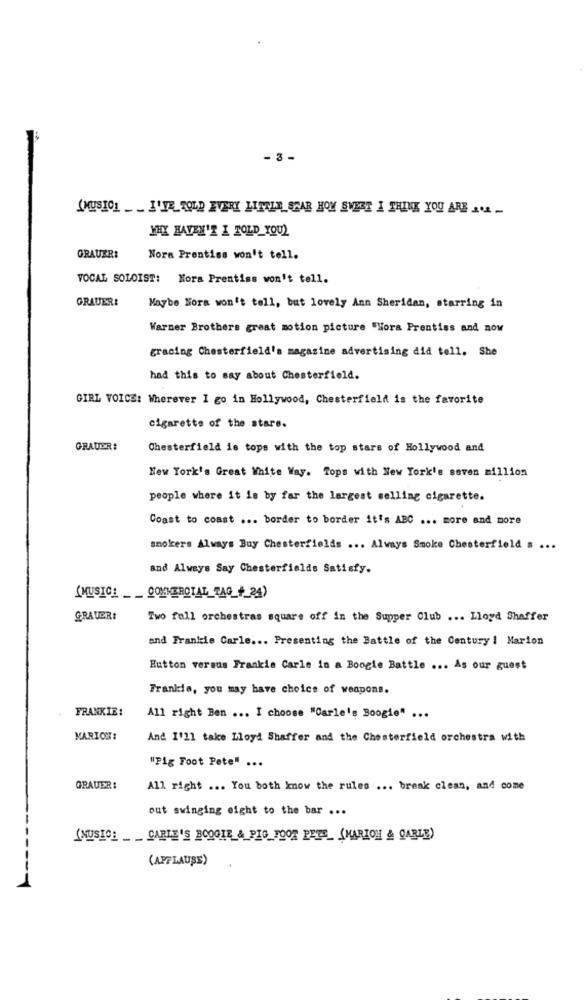
- 3 -
MUSIC] I'VE TOLD EVERY LITTLE STAR HOW SWEET I THINK YOU ARE ...
YHX HAVEN'T I TOLD YOU)
GRAUER:
Nora Prentiss won't tell.
VOCAL SOLOIST: Nora Prentiss won't tell.
GRAUER!
Maybe Nora won't toll, but lovely Ann Sheridan, starring in
Warner Brothers great motion picture "Hora Prentiss and now
gracing Chesterfield's magazine advertising did tell. She
had this to say about Chesterfield.
GIRL VOICE: Wherever I go in Hollywood, Chesterfield is the favorite
cigarette of the stars.
GRAUER:
Chesterfield is tops with the top stars of Hollywood and
New York's Great White Way. Tops with New York's seven million
people where it is by far the largest selling cigarette.
Coast to coast ... border to border it's ABC ... more and more
smokers Always Buy Chesterfields ... Always Smoke Chesterfield s ...
and Always Say Chesterfields Satisfy.
(MUSIC: COMMERCIAL_TAG + 24)
GRAUER:
Two full orchestras square off in the Supper Club ... Lloyd Shaffer
and Frankie Carle ... Presenting the Battle of the Century ! Marion
Hutton versus Frankie Carle in a Boogie Battle ... As our guest
Frankie, you may have choice of weapons.
FRANKIE:
All right Ben ... I choose "Carle's Boogie" ...
MARION:
And I'll take Lloyd Shaffer and the Chesterfield orchestra with
"Pig Toot Pete" ...
GRAUER:
All right ... You both know the rules ... break clean, and come
out swinging eight to the bar ...
(NUSIC: CARLE'S BOOGIE & PIC FOOR PETE_ (MARION & CARLE)
(APPLAUSE)